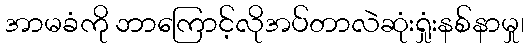
အာမခံကို ဘာကြောင့်လိုအပ်တာလဲဆုံးရှုံးနစ်နာမှု၊